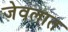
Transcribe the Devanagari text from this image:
जेवलात